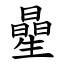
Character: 曐